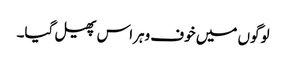
لوگوں میں خوف وہراس پھیل گیا۔